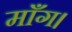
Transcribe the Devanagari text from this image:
माँग।